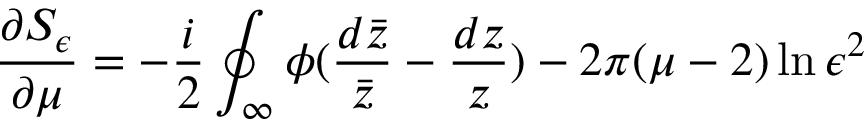
\frac { \partial S _ { \epsilon } } { \partial \mu } = - \frac { i } { 2 } \oint _ { \infty } \phi ( \frac { d \bar { z } } { \bar { z } } - \frac { d z } { z } ) - 2 \pi ( \mu - 2 ) \ln \epsilon ^ { 2 }